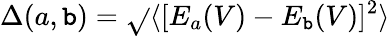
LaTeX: \Delta(a,\mathtt{b})=\sqrt{}{{\langle[E_{a}(V)-E_{\mathtt{b}}(V)]^{2}\rangle}}